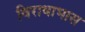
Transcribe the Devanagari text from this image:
विराधाभास